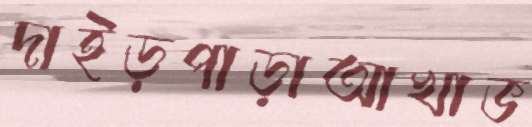
দাইড়পাড়াআখাভ